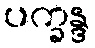
ပက္ခန္ဒ